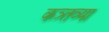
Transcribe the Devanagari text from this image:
कत्र्तव्या